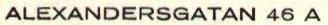
ALEXANDERSGATAN 46 A